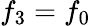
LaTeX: f_{3}=f_{0}